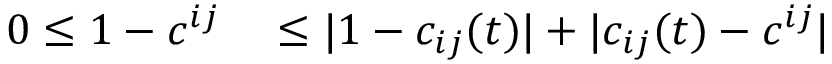
\begin{array} { r l } { 0 \leq 1 - c ^ { i j } } & { { } \leq | 1 - c _ { i j } ( t ) | + | c _ { i j } ( t ) - c ^ { i j } | } \end{array}